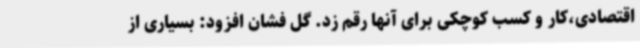
اقتصادی،کار و کسب کوچکی برای آنها رقم زد. گل فشان افزود: بسیاری از